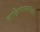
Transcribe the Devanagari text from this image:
दाक्षिणात्यपथके